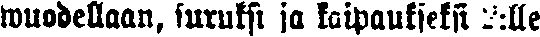
wuodellaan, suruksi ja kaipaukseksi 2:lle